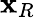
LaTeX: \mathbf{x}_{R}